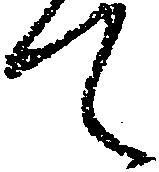
て